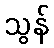
သွန်